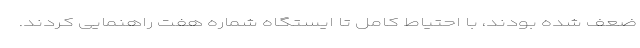
ضعف شده بودند، با احتیاط کامل تا ایستگاه شماره هفت راهنمایی کردند.